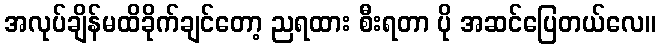
အလုပ်ချိန်မထိခိုက်ချင်တော့ ညရထား စီးရတာ ပို အဆင်ပြေတယ်လေ။